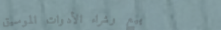
بيع وشراء الأدوات الموسيق